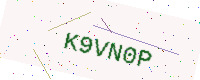
Text: K9VN0P